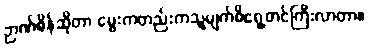
ဉာဏ်စိန်ဆိုတာ မွေးကတည်းကသူ့မျက်စိရှေ့တင်ကြီးလာတာ။